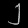
Digit: ၂